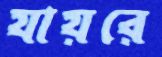
যায়রে